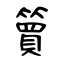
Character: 簤